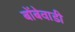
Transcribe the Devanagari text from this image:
बोंबेवाडी